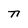
Character: n